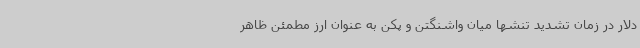
دلار در زمان تشدید تنشها میان واشنگتن و پکن به عنوان ارز مطمئن ظاهر